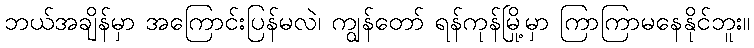
ဘယ်အချိန်မှာ အကြောင်းပြန်မလဲ၊ ကျွန်တော် ရန်ကုန်မြို့မှာ ကြာကြာမနေနိုင်ဘူး။